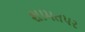
શામતપર